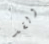
ولقد